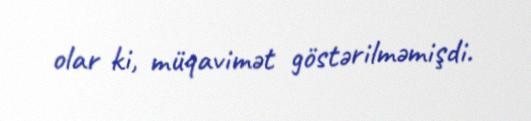
olar ki, müqavimət göstərilməmişdi.